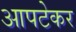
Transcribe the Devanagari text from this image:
आपटेकर